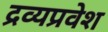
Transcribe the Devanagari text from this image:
द्रव्यप्रवेश